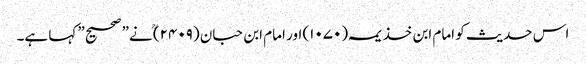
اس حدیث کو امام ابن خذیمہ (۱۰۷۰) اور امام ابن حبان (۲۴۰۹)ؒ نے” صحیح” کہا ہے۔